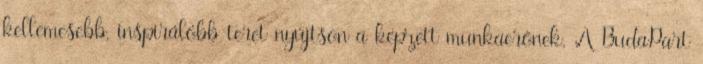
kellemesebb, inspirálóbb teret nyújtson a képzett munkaerőnek. A BudaPart